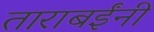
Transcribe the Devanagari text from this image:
ताराबईंनी